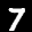
Label: 7